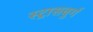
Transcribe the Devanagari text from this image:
स्ट्रासबुर्ग